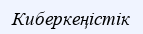
Киберкеңістік